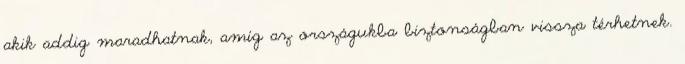
akik addig maradhatnak, amíg az országukba biztonságban vissza térhetnek.